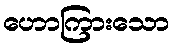
ဟောကြားသော